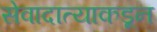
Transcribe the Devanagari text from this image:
सेवादात्याकडून